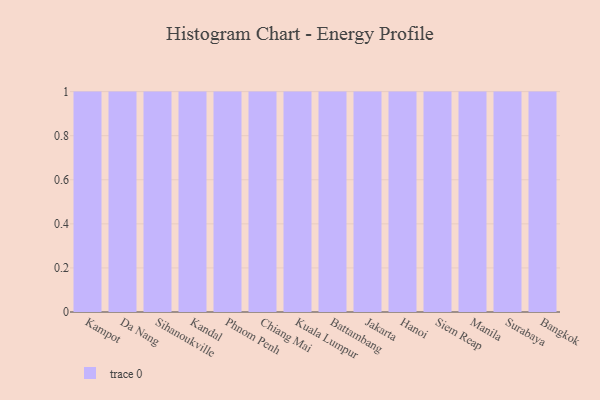
{"axis": {"x": "City", "y": "Waste Production (Tons)"}, "legend": [""], "data": [{"x": "Kampot", "y": 96, "type": ""}, {"x": "Da Nang", "y": 96, "type": ""}, {"x": "Sihanoukville", "y": 100, "type": ""}, {"x": "Kandal", "y": 83, "type": ""}, {"x": "Phnom Penh", "y": 7, "type": ""}, {"x": "Chiang Mai", "y": 13, "type": ""}, {"x": "Kuala Lumpur", "y": 16, "type": ""}, {"x": "Battambang", "y": 77, "type": ""}, {"x": "Jakarta", "y": 87, "type": ""}, {"x": "Hanoi", "y": 96, "type": ""}, {"x": "Siem Reap", "y": 79, "type": ""}, {"x": "Manila", "y": 72, "type": ""}, {"x": "Surabaya", "y": 37, "type": ""}, {"x": "Bangkok", "y": 61, "type": ""}]}